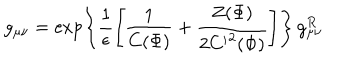
LaTeX: g _ { \mu \nu } = \exp \left\{ \frac { 1 } { \epsilon } \left[ \frac { 1 } { C ( \Phi ) } + \frac { Z ( \Phi ) } { 2 { C ^ { \prime } } ^ { 2 } ( \Phi ) } \right] \right\} \, g _ { \mu \nu } ^ { R }